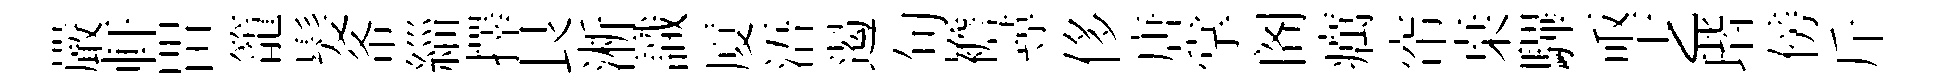
嚴軒㽞籠髪𢁙緇擇艮淅識厦浯遏句襜尋侈唐掌阁癘帘桒驆亟𠧒瑎傍斤